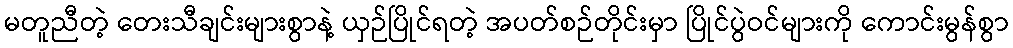
မတူညီတဲ့ တေးသီချင်းများစွာနဲ့ ယှဉ်ပြိုင်ရတဲ့ အပတ်စဉ်တိုင်းမှာ ပြိုင်ပွဲဝင်များကို ကောင်းမွန်စွာ